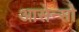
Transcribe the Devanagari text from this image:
आसेन्सो